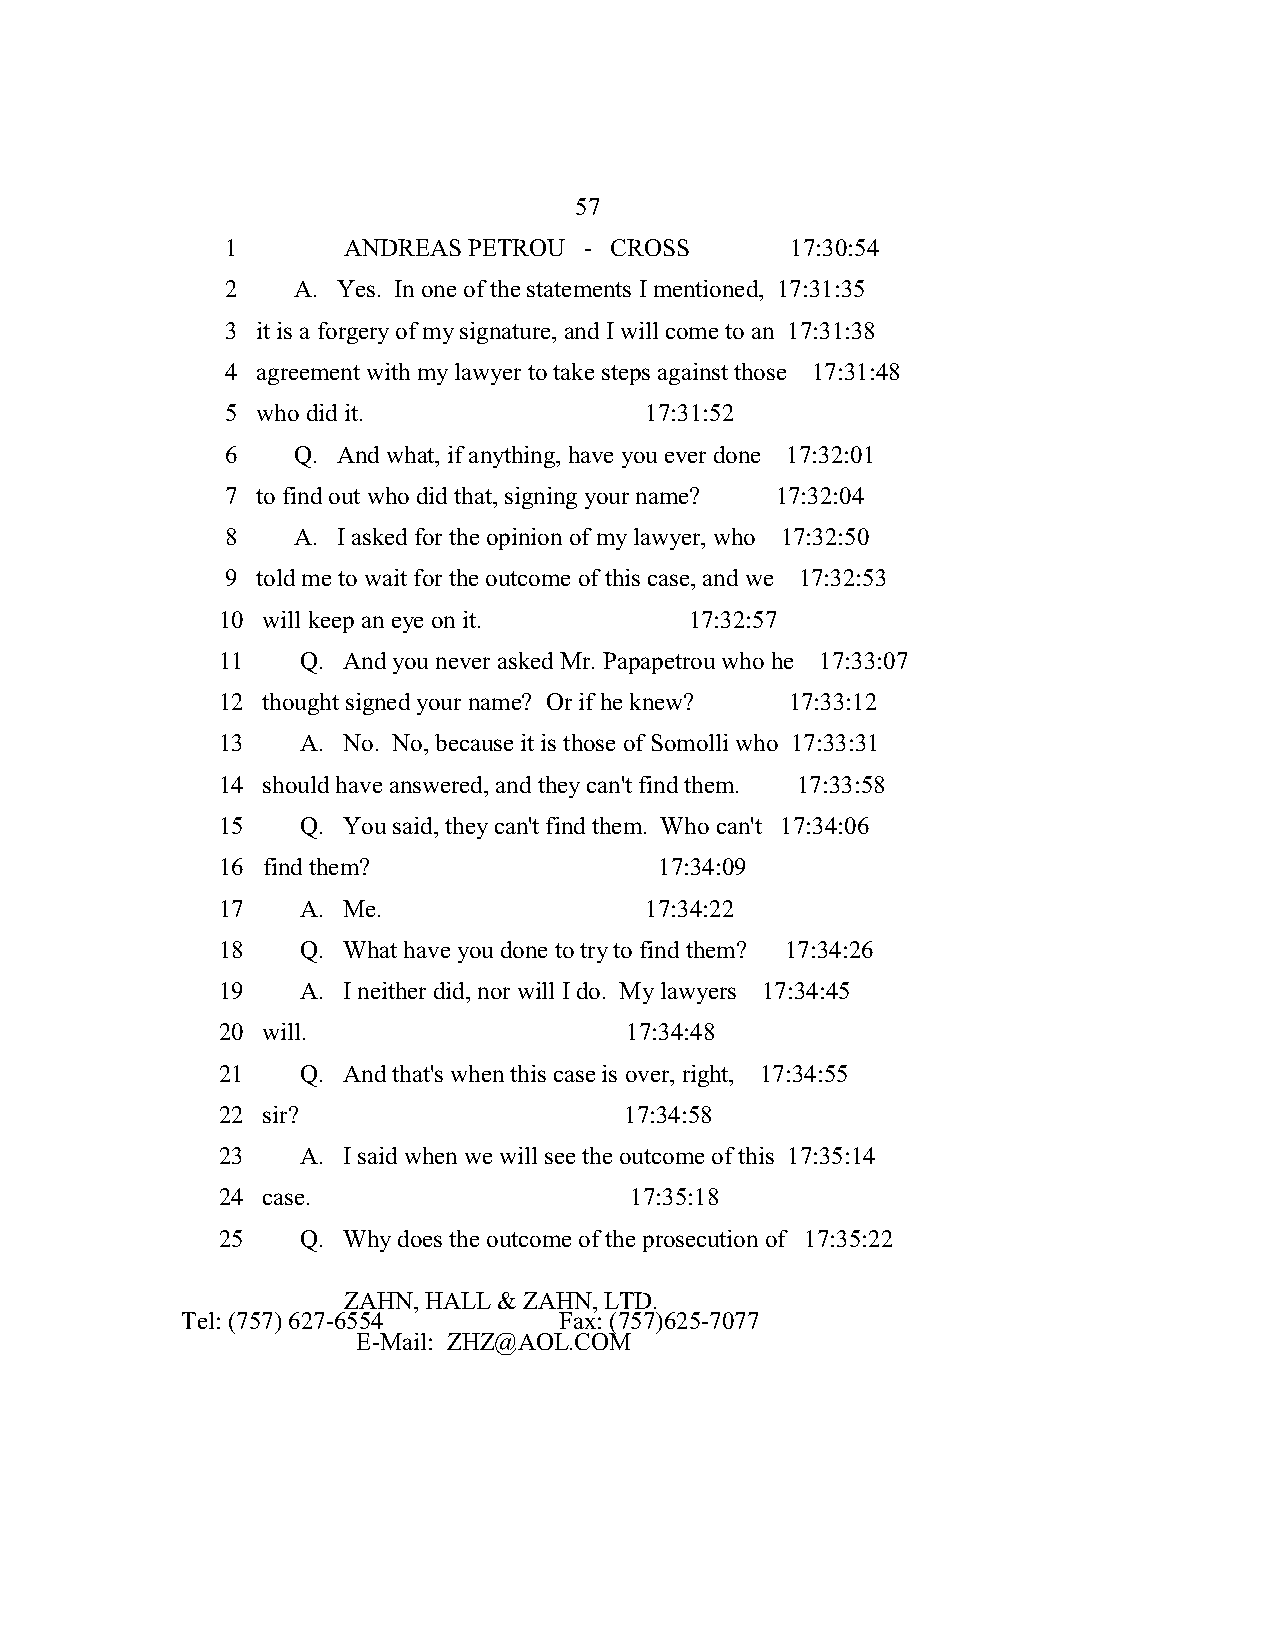
57
 1       ANDREAS PETROU  - CROSS      17:30:54
 2   A. Yes. In one of the statements I mentioned, 17:31:35
 3 it is a forgery of my signature, and I will come to an 17:31:38
 4 agreement with my lawyer to take steps against those 17:31:48
 5 who did it.               17:31:52
 6   Q. And what, if anything, have you ever done 17:32:01
 7 to find out who did that, signing your name? 17:32:04
 8   A. I asked for the opinion of my lawyer, who 17:32:50
 9 told me to wait for the outcome of this case, and we 17:32:53
 10 will keep an eye on it.      17:32:57
 11    Q. And you never asked Mr. Papapetrou who he 17:33:07
 12 thought signed your name? Or if he knew? 17:33:12
 13    A. No. No, because it is those of Somolli who 17:33:31
 14 should have answered, and they can't find them. 17:33:58
 15    Q. You said, they can't find them. Who can't 17:34:06
 16 find them?                 17:34:09
 17    A. Me.                 17:34:22
 18    Q. What have you done to try to find them? 17:34:26
 19    A. I neither did, nor will I do. My lawyers 17:34:45
 20 will.                   17:34:48
 21    Q. And that's when this case is over, right, 17:34:55
 22 sir?                    17:34:58
 23    A. I said when we will see the outcome of this 17:35:14
 24 case.                    17:35:18
 25    Q. Why does the outcome of the prosecution of 17:35:22
 ZAHN, HALL & ZAHN, LTD.
 Tel: (757) 627-6554      Fax: (757)625-7077
 E-Mail: ZHZ@AOL.COM